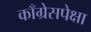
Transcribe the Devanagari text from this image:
काँग्रेसपेक्षा